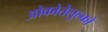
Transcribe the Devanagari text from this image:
ओकोतेलुल्को